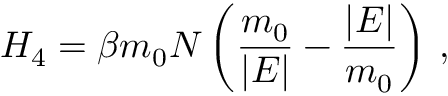
H _ { 4 } = \beta m _ { 0 } N \left( \frac { m _ { 0 } } { \vert E \vert } - \frac { \vert E \vert } { m _ { 0 } } \right) \, ,